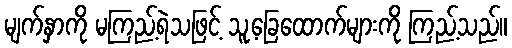
မျက်နှာကို မကြည့်ရဲသဖြင့် သူ့ခြေထောက်များကို ကြည့်သည်။